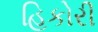
હિકોરી